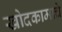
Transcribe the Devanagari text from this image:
खोदकामाचे